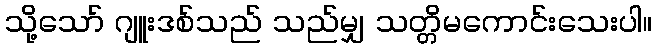
သို့သော် ဂျူးဒစ်သည် သည်မျှ သတ္တိမကောင်းသေးပါ။